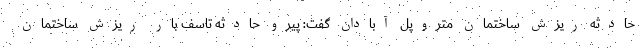
حادثه ریزش ساختمان متروپل آبادان گفت: پيرو حادثه تاسف بار ريزش ساختمان